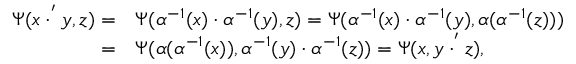
\begin{array} { r l } { \Psi ( x \cdot ^ { ' } y , z ) = } & { \Psi ( \alpha ^ { - 1 } ( x ) \cdot \alpha ^ { - 1 } ( y ) , z ) = \Psi ( \alpha ^ { - 1 } ( x ) \cdot \alpha ^ { - 1 } ( y ) , \alpha ( \alpha ^ { - 1 } ( z ) ) ) } \\ { = } & { \Psi ( \alpha ( \alpha ^ { - 1 } ( x ) ) , \alpha ^ { - 1 } ( y ) \cdot \alpha ^ { - 1 } ( z ) ) = \Psi ( x , y \cdot ^ { ' } z ) , } \end{array}